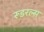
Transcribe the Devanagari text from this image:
रूडरल्स